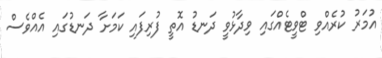
އުމަރު ކުރެއްވި ޓްވީޓެއްގައި ވިދާޅުވީ ދަނޑު އޮތީ ފުރިފައި ކަމަށާ ދަނޑުގައި އެއްވެސް